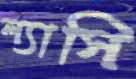
ল্যাসি